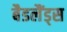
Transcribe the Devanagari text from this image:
बैडलैंड्स